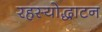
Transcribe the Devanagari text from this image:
रहस्योद्धाटन